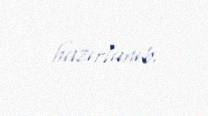
hazırlanıb.